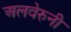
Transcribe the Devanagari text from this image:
अलवेरुनी